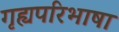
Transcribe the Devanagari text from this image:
गृह्यपरिभाषा